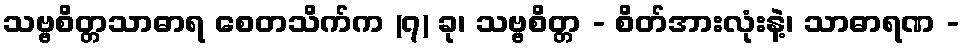
သဗ္ဗစိတ္တသာဓာရ စေတသိက်က (၇) ခု၊ သဗ္ဗစိတ္တ - စိတ်အားလုံးနဲ့၊ သာဓာရဏ -